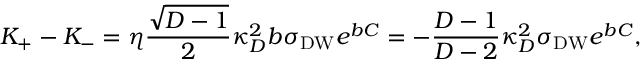
K _ { + } - K _ { - } = \eta { \frac { \sqrt { D - 1 } } { 2 } } \kappa _ { D } ^ { 2 } b \sigma _ { \mathrm { D W } } e ^ { b C } = - { \frac { D - 1 } { D - 2 } } \kappa _ { D } ^ { 2 } \sigma _ { \mathrm { D W } } e ^ { b C } ,